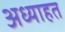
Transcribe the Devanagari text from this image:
अध्याहत